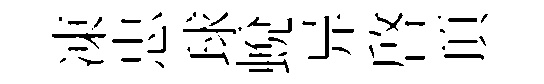
凍忠球蛻异啓頂